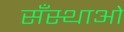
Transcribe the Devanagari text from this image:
सँस्थाओं